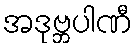
အဒုဗ္ဘပါဏီ